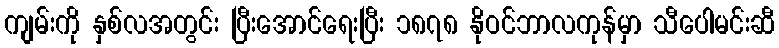
ကျမ်းကို နှစ်လအတွင်း ပြီးအောင်ရေးပြီး ၁၈၇၈ နိုဝင်ဘာလကုန်မှာ သီပေါမင်းဆီ